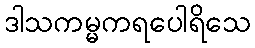
ဒါသကမ္မကရပေါရိသေ